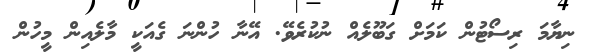
ނިޔާމަ ރިސޯޓުން ކަމަށް ގަބޫލެއް ނުކުރެވޭ. އޭނާ ހުންނަ ގެއަކީ މާލެއިން މީހުން